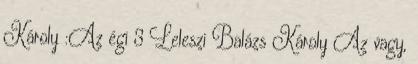
Károly :Az égi 3 Leleszi Balázs Károly Az vagy,